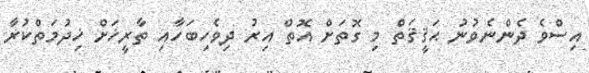
އިސްވެ ދެންނެވުނު ޙަޤީޤަތް މި ގޮތަށް އޮތް އިރު ދިވެހިބަހާއި ތާރީޚަށް ޚިދުމަތްކުރާ